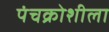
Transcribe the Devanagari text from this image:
पंचक्रोशीला